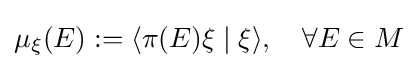
\mu _{\xi }(E):=\langle \pi (E)\xi \mid \xi \rangle ,\quad \forall E\in M